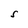
Character: S